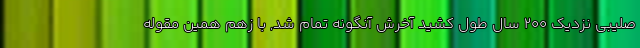
صلیبی نزدیک 200 سال طول کشید آخرش آنگونه تمام شد, با زهم همین مقوله